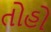
તોહો